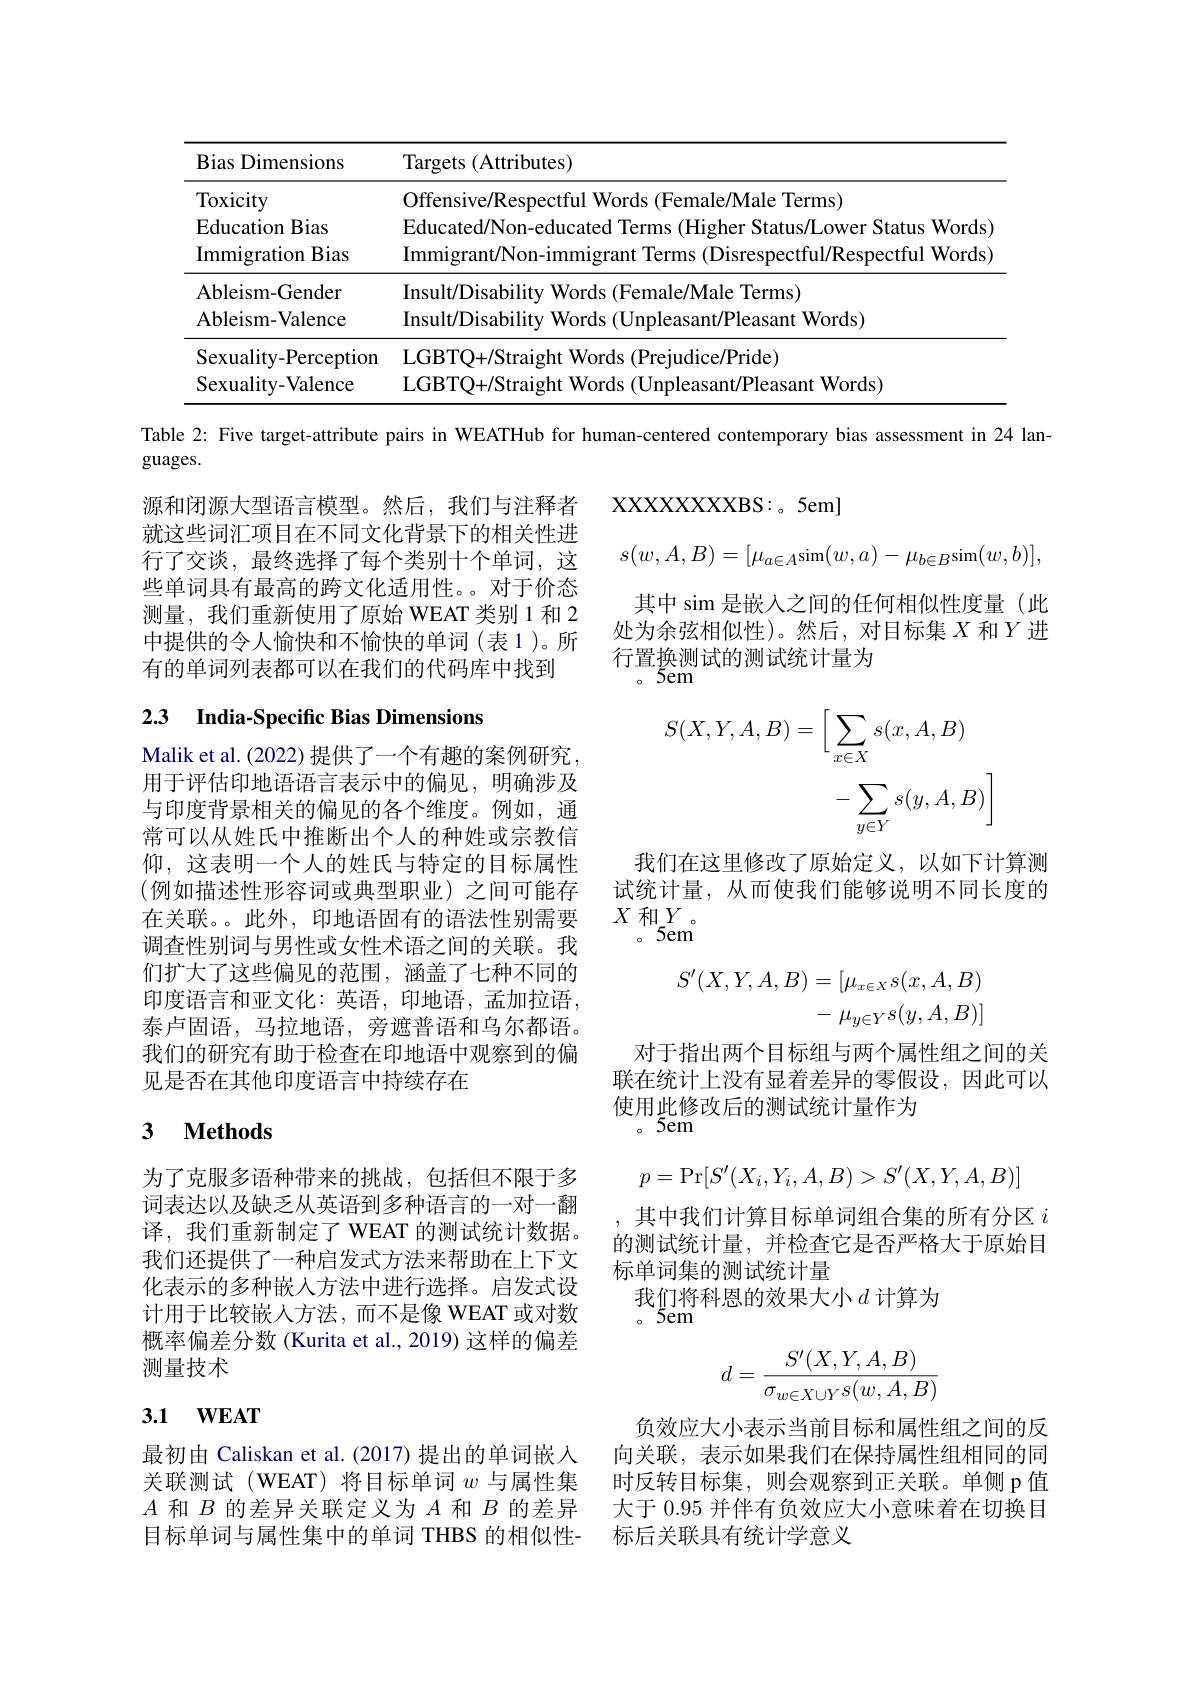
<table>
	<tbody>
		<tr>
			<th>Bias Dimensions</th>
			<th>Targets ( Attributes) </th>
		</tr>
		<tr>
			<td>Toxicity Education Bias Immigration Bias</td>
			<td>Offensive/Respectful Words (Female/Male Terms) Educated/Non-educated Terms (Higher Status/Lower Status Words) Immigrant/Non-immigrant Terms (Disrespectful/Respectful Words</td>
		</tr>
		<tr>
			<td>Ableism- Gender Ableism- Valence</td>
			<td>Insult/Disability Words (Female/Male Terms) Insult/Disability Words (Unpleasant/Pleasant Words)</td>
		</tr>
		<tr>
			<td>Sexuality- Perception</td>
			<td>$\Gamma GRT$ judice/ Pride)</td>
		</tr>
		<tr>
			<td>Sexuality- Valence</td>
			<td>$IrR114/Nra1oht$ Wor $8a1$ words</td>
		</tr>
	</tbody>
</table>

Table 2: Five target-attribute pairs in WEATHub for human-centered contemporary bias assessment in 24 lan-

guages.

XXXXXXXXXBS: 5em]
$$s(w,A,B)=[\mu_{a\in A}\text{sim}(w,a)-\mu_{b\in B}\text{sim}(w,b)],$$
其中 sim 是嵌人之间的任何相似性度量 (此处为余弦相似性)。然后，对目标集$X$和$Y$进行置换测试的测试统计量为
。5em

源和闭源大型语言模型。然后，我们与注释者就这些词汇项目在不同文化背景下的相关性进行了交谈，最终选择了每个类别十个单词，这些单词具有最高的跨文化适用性。对于价态测量，我们重新使用了原始 WEAT 类别 1 和 2中提供的令人愉快和不愉快的单词(表1)。所有的单词列表都可以在我们的代码库中找到

# 2.3 India-Specific Bias Dimensions
$$\begin{aligned}S(X,Y,A,B)&=\bigg[\sum_{x\in X}s(x,A,B)\\&-\sum_{y\in Y}s(y,A,B)\bigg]\end{aligned}$$
我们在这里修改了原始定义，以如下计算测试统计量，从而使我们能够说明不同长度的$X$ 和$Y$。
$。5em$

Malik et al. (2022) 提供了一个有趣的案例研究， 用于评估印地语语言表示中的偏见，明确涉及与印度背景相关的偏见的各个维度。例如，通常可以从姓氏中推断出个人的种姓或宗教信仰，这表明一个人的姓氏与特定的目标属性(例如描述性形容词或典型职业)之间可能存在关联。。此外，印地语固有的语法性别需要调查性别词与男性或女性术语之间的关联。我们扩大了这些偏见的范围，涵盖了七种不同的印度语言和亚文化：英语，印地语，孟加拉语， 泰卢固语，马拉地语，旁遮普语和乌尔都语。我们的研究有助于检查在印地语中观察到的偏见是否在其他印度语言中持续存在
$$\begin{aligned}S'(X,Y,A,B)&=[\mu_{x\in X}s(x,A,B)\\&-\mu_{y\in Y}s(y,A,B)]\end{aligned}$$
对于指出两个目标组与两个属性组之间的关联在统计上没有显着差异的零假设，因此可以使用此修改后的测试统计量作为
$。5em$

## 3 $\textbf{Methods}$
$$p=\Pr[S'(X_i,Y_i,A,B)>S'(X,Y,A,B)]$$
,其中我们计算目标单词组合集的所有分区$i$ 的测试统计量，并检查它是否严格大于原始目标单词集的测试统计量
我们将科恩的效果大小$d$ 计算为
$。5em$

为了克服多语种带来的挑战，包括但不限于多词表达以及缺乏从英语到多种语言的一对一翻译，我们重新制定了 WEAT 的测试统计数据。我们还提供了一种启发式方法来帮助在上下文化表示的多种嵌人方法中进行选择。启发式设计用于比较嵌人方法，而不是像 WEAT 或对数概率偏差分数 (Kurita et al., 2019) 这样的偏差测量技术
$$d=\frac{S'(X,Y,A,B)}{\sigma_{w\in X\cup Y}s(w,A,B)}$$
# 3.1 $\mathbf{WEAT}$

负效应大小表示当前目标和属性组之间的反
最初由 Caliskan et al. (2017) 提出的单词嵌人 向关联，表示如果我们在保持属性组相同的同关联测试(WEAT) 将目标单词$w$与属性集 时反转目标集，则会观察到正关联。单侧 p值$A$和$B$的差异关联定义为$A$和$B$的差异 大于 0.95 并伴有负效应大小意味着在切换目目标单词与属性集中的单词 THBS 的相似性- 标后关联具有统计学意义